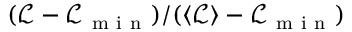
( \mathcal { L } - \mathcal { L } _ { \mathrm { ~ m ~ i ~ n ~ } } ) / ( \langle \mathcal { L } \rangle - \mathcal { L } _ { \mathrm { ~ m ~ i ~ n ~ } } )